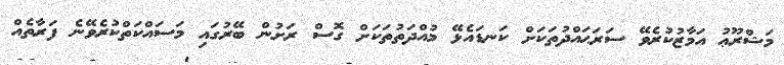
މަޝްރޫޢު އަމާޒުކުރެވޭ ސަރަޙައްދުތަކަށް ކަނޑައެޅޭ މުއްދަތުތަކަށް ގޮސް ރަށުން ބޭރުގައި މަސައްކަތްކުރެވޭނެ ފަރާތެއް